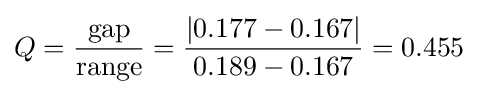
Q={\frac {\text{gap}}{\text{range}}}={\frac {|0.177-0.167|}{0.189-0.167}}=0.455